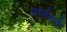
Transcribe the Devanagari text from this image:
फ़ोर्समार्क